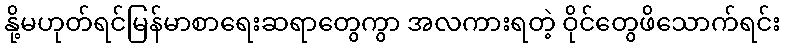
နို့မဟုတ်ရင်မြန်မာစာရေးဆရာတွေကွာ အလကားရတဲ့ ဝိုင်တွေဖိသောက်ရင်း